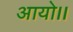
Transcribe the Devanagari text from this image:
आयो।।